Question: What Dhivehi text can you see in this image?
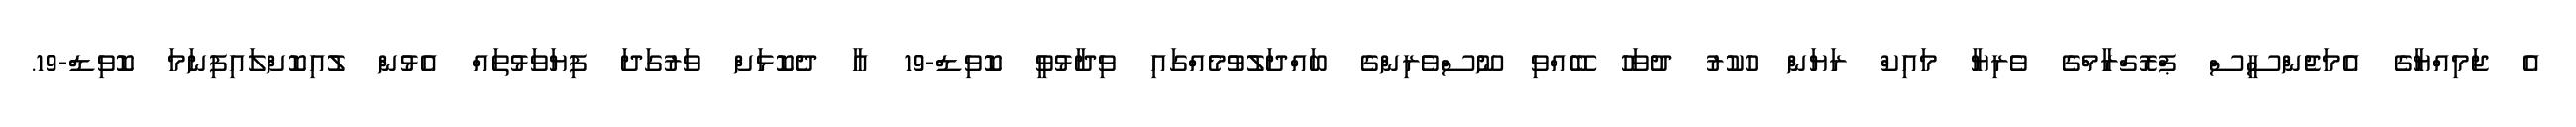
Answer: އެ ޖަމިއްޔާގެ އެމަޖެންސީސް ޕްރޮގްރާމްގެ ވެރިޔާ މައިކް ރަޔަން ހުކުރު ދުވަހު ބޭއްވި ނޫސްވެރިންގެ ބައްދަލުވުމެއްގައި ވިދާޅުވީ ކޮވިޑް-19 އާ ދެކޮޅަށް ވަރުގަދަ ފިޔަވަޅުތައް އެޅުން ލުއިކޮށްލައިފިނަމަ ކޮވިޑް-19.